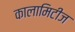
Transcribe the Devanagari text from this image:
कालामिटीज